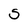
Character: S